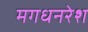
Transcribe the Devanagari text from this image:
मगधनरेश